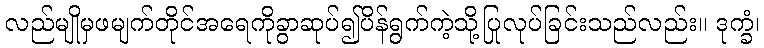
လည်မျိုမှဖမျက်တိုင်အရေကိုခွာဆုပ်၍ပိန်ရွက်ကဲ့သို့ပြုလုပ်ခြင်းသည်လည်း။ ဒုက္ခံ၊